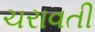
ચરાવતી